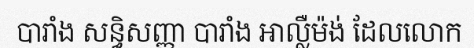
បារាំង សន្ធិសញ្ញា បារាំង អាល្លឺម៉ង់ ដែលលោក